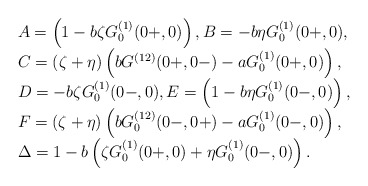
\begin{align*}\begin{array}{l}A=\left(1-b\zeta G_0^{(1)}(0+,0)\right),B=-b\eta G_0^{(1)}(0+,0),\\C=(\zeta+\eta)\left(bG^{(12)}(0+,0-)-a G_0^{(1)}(0+,0)\right),\\D=-b\zeta G_0^{(1)}(0-,0),E=\left(1-b\eta G_0^{(1)}(0-,0)\right),\\F=(\zeta+\eta)\left(bG_0^{(12)}(0-,0+)-a G_0^{(1)}(0-,0)\right),\\\Delta=1-b\left(\zeta G_0^{(1)}(0+,0)+\eta G_0^{(1)}(0-,0)\right).\end{array}\end{align*}